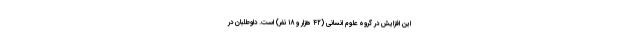
این افزایش در گروه علوم انسانی (۴۲ هزار و ۱۸ نفر) است. داوطلبان در